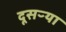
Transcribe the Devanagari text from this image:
दूसऱ्या